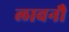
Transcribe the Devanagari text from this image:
लावनौ